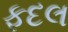
ફદલ